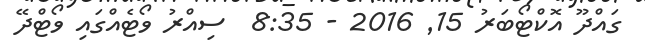
ގައްދޫ އޮކްޓޯބަރު 15